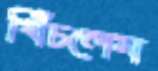
খিঁচলেম